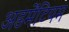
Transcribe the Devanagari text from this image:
अडमेंटियम